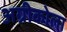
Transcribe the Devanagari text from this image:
अग्रीकोला